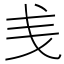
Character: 㦮